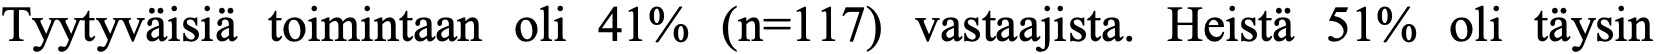
Tyytyväisiä toimintaan oli 41% (n=117) vastaajista. Heistä 51% oli täysin